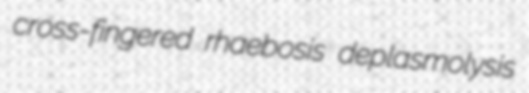
cross-fingered rhaebosis deplasmolysis